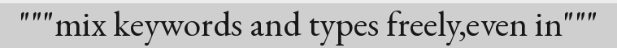
"""mix keywords and types freely,even in"""